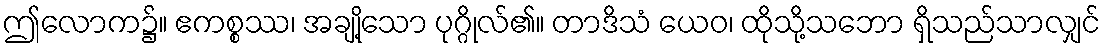
ဤလောက၌။ ဧကစ္စဿ၊ အချို့သော ပုဂ္ဂိုလ်၏။ တာဒိသံ ယေဝ၊ ထိုသို့သဘော ရှိသည်သာလျှင်